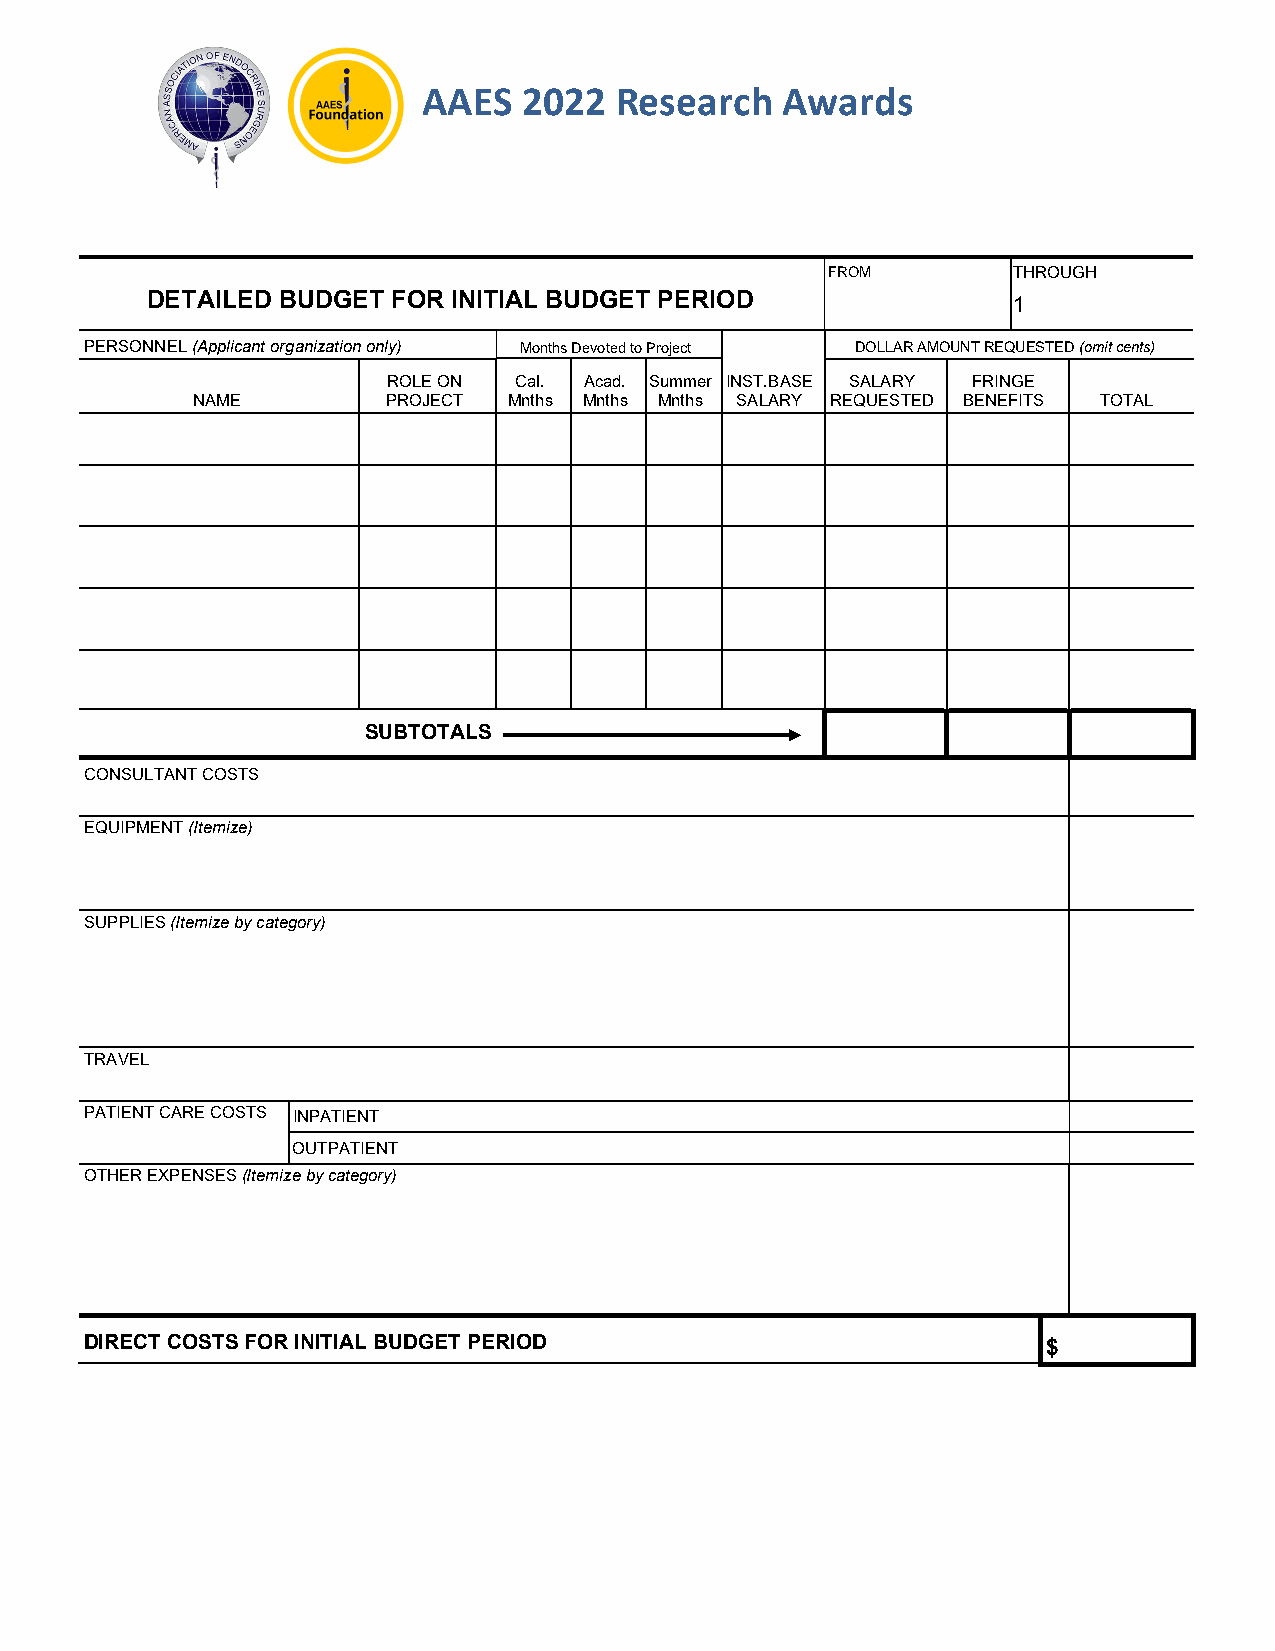
AAES   2022  Research   Awards
 FROM        THROUGH
 DETAILED BUDGET FOR INITIAL BUDGET PERIOD                1
 PERSONNEL (Applicant organization only) Months Devoted to Project DOLLAR AMOUNT REQUESTED (omit cents)
 ROLE ON Cal. Acad. Summer INST.BASE SALARY FRINGE
 NAME         PROJECT Mnths Mnths Mnths SALARY REQUESTED BENEFITS TOTAL
 SUBTOTALS
 CONSULTANT COSTS
 EQUIPMENT (Itemize)
 SUPPLIES (Itemize by category)
 TRAVEL
 PATIENT CARE COSTS INPATIENT
 OUTPATIENT
 OTHER EXPENSES (Itemize by category)
 DIRECT COSTS FOR INITIAL BUDGET PERIOD                         $